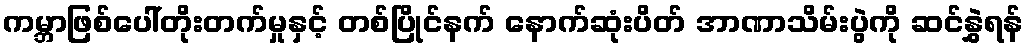
ကမ္ဘာဖြစ်ပေါ်တိုးတက်မှုနှင့် တစ်ပြိုင်နက် နောက်ဆုံးပိတ် အာဏာသိမ်းပွဲကို ဆင်နွှဲရန်